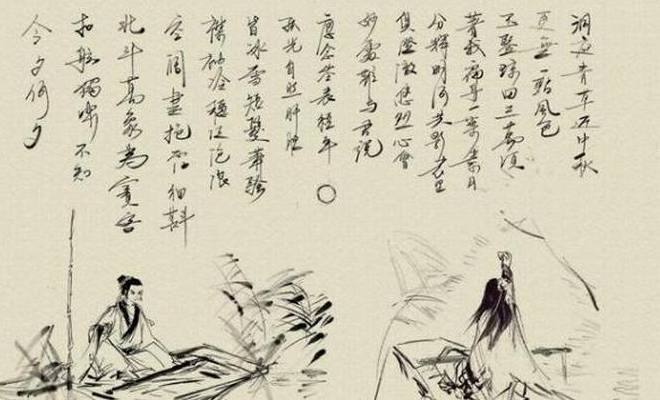
扣舷独啸，不知今夕何夕。